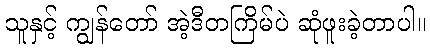
သူနှင့် ကျွန်တော် အဲ့ဒီတကြိမ်ပဲ ဆုံဖူးခဲ့တာပါ။